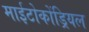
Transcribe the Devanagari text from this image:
माईटोकोंड्रियल